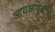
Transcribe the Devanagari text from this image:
आयआयटीचा